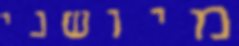
מיושני